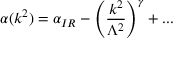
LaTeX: \alpha ( k ^ { 2 } ) = \alpha _ { I R } - \left( { \frac { k ^ { 2 } } { \Lambda ^ { 2 } } } \right) ^ { \gamma } + . . .